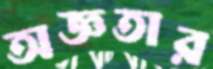
অজ্ঞতার